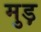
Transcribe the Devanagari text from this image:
मुड़़